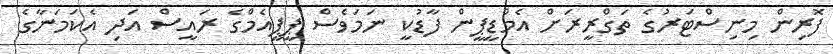
ފޮރިން މިނިސްޓަރުގެ ތަގްރީރަށް އެމްޑީޕީން ފާޑުކީ ނަމަވެސް ޕީޕީއެމްގެ ރައީސް އަދި އެކަމަނާގެ